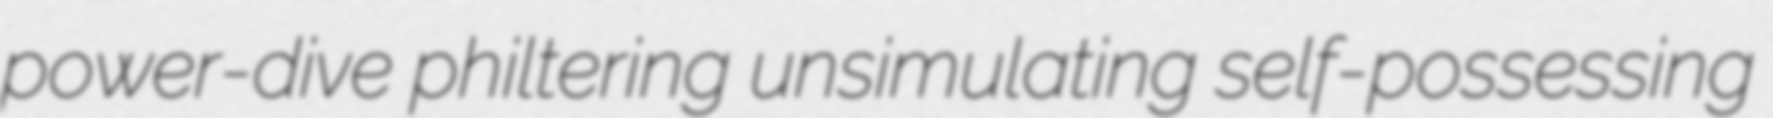
power-dive philtering unsimulating self-possessing